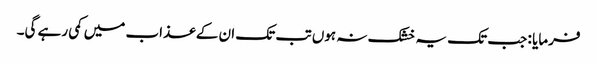
فرمایا : جب تک یہ خشک نہ ہوں تب تک ان کے عذاب میں کمی رہے گی۔